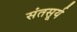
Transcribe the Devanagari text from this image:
संतसूर्य